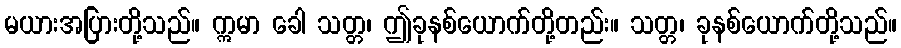
မယားအပြားတို့သည်။ ဣမာ ခေါ သတ္တ၊ ဤခုနစ်ယောက်တို့တည်း။ သတ္တ၊ ခုနစ်ယောက်တို့သည်။